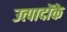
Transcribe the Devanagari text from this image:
उत्पादोंके